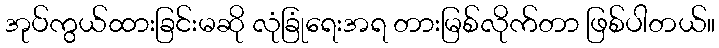
အုပ်ကွယ်ထားခြင်းမဆို လုံခြုံရေးအရ တားမြစ်လိုက်တာ ဖြစ်ပါတယ်။